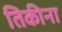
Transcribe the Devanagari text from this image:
तिकीना